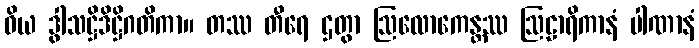
ဝိယ ဒွါသဋ္ဌိဒိဋ္ဌိဂတိကာ။ တဿ တီရေ ဌတွာ ဩလောကေန္တဿ ဩဠာရိကာနံ ပါဏာနံ